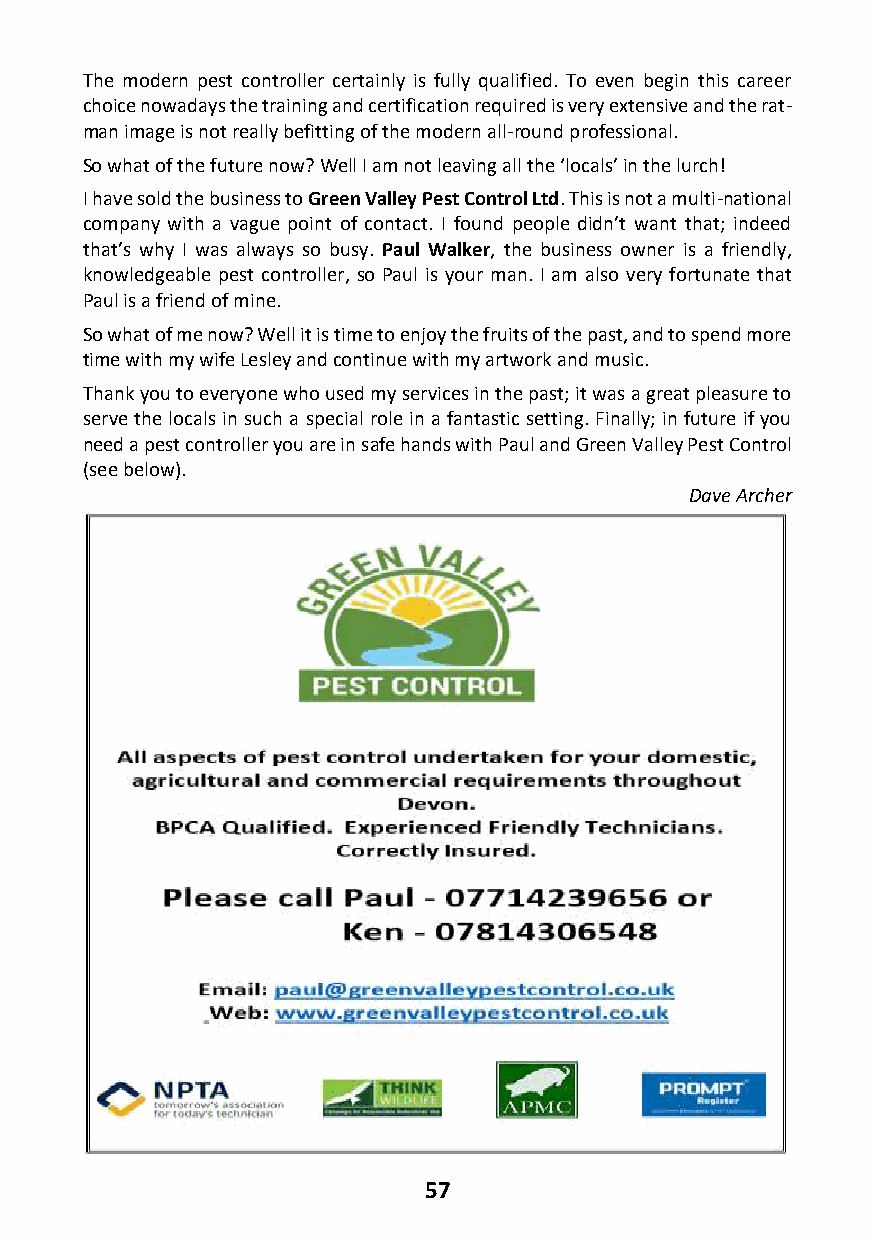
The modern pest controller certainly is fully qualified. To even begin this career
 choice nowadays the training and certification required is very extensive and the rat-
 man image is not really befitting of the modern all-round professional.
 So what of the future now? Well I am not leaving all the ‘locals’ in the lurch!
 I have sold the business to Green Valley Pest Control Ltd. This is not a multi-national
 company with a vague point of contact. I found people didn’t want that; indeed
 that’s why I was always so busy. Paul Walker, the business owner is a friendly,
 knowledgeable pest controller, so Paul is your man. I am also very fortunate that
 Paul is a friend of mine.
 So what of me now? Well it is time to enjoy the fruits of the past, and to spend more
 time with my wife Lesley and continue with my artwork and music.
 Thank you to everyone who used my services in the past; it was a great pleasure to
 serve the locals in such a special role in a fantastic setting. Finally; in future if you
 need a pest controller you are in safe hands with Paul and Green Valley Pest Control
 (see below).
 Dave Archer
 57